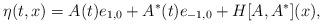
LaTeX: \begin{align*}\eta(t,x) = A(t) e_{1,0}+A^\ast(t) e_{-1,0} +H[A,A^\ast](x),\end{align*}